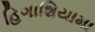
હિગાશિયામા